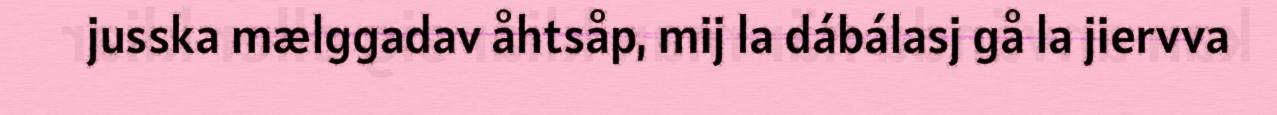
jusska mælggadav åhtsåp, mij la dábálasj gå la jiervva